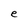
Character: e